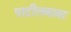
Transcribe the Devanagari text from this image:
पाटीलबावा